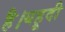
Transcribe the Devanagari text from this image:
है।यहूदी